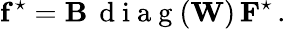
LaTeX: \mathbf{f}^{\star}=\mathbf{B}\, \mathrm{~d~i~a~g~}(\mathbf{W})\, \mathbf{F}^{\star}\, .